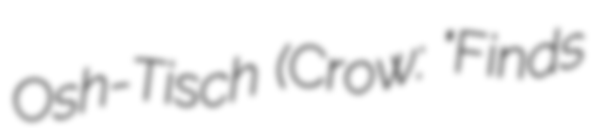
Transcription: Osh-Tisch (Crow: "Finds